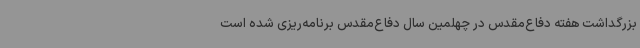
بزرگداشت هفته دفاع‌مقدس در چهلمین سال دفاع‌مقدس برنامه‌ریزی شده است